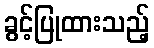
ခွင့်ပြုထားသည့်